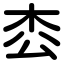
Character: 枩